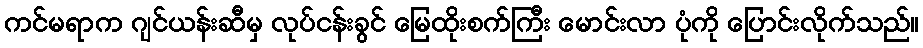
ကင်မရာက ဂျင်ယန်းဆီမှ လုပ်ငန်းခွင် မြေထိုးစက်ကြီး မောင်းလာ ပုံကို ပြောင်းလိုက်သည်။